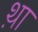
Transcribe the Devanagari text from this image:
थ़ा